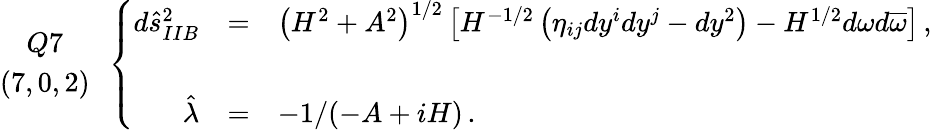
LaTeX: \begin{array}{c}{{Q7}}\\ {{(7,0,2)}}\end{array}\, \, \, \left\{ \begin{array}{rcl}{{d\hat{s}_{IIB}^{2}}}&{{=}}&{{\left(H^{2}+A^{2}\right)^{1/2}\left[H^{-1/2}\left(\eta_{ij}dy^{i}dy^{j}-dy^{2}\right)-H^{1/2}d\omega d\overline{{{\omega}}}\right]\, ,}}\\ {{}}&{{}}&{{}}\\ {{\hat{\lambda}}}&{{=}}&{{-1/(-A+iH)\, .}}\end{array}\right.